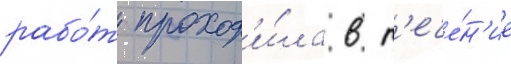
рабо́т проход'и́ла в т'ече́н'ие